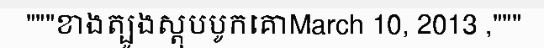
"""ខាងត្បូងស្តុបបូកគោMarch 10, 2013 ,"""